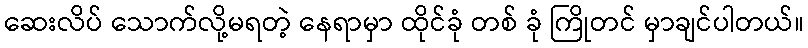
ဆေးလိပ် သောက်လို့မရတဲ့ နေရာမှာ ထိုင်ခုံ တစ် ခုံ ကြိုတင် မှာချင်ပါတယ်။